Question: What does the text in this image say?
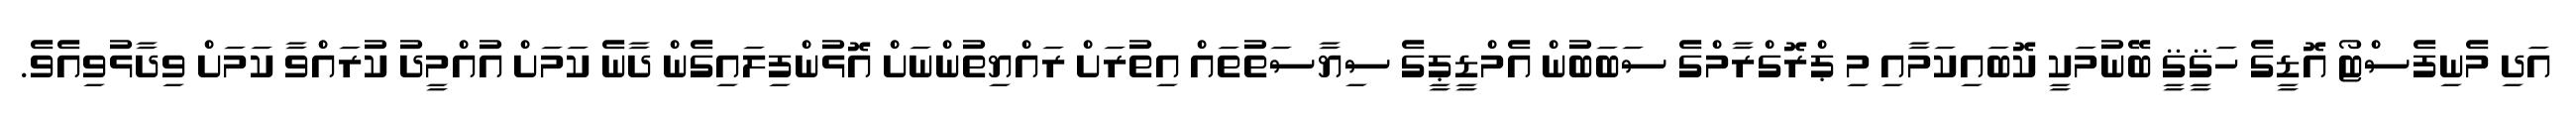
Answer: އަދި މެނިފެސްޓޯ އޮޑީގެ ހަޤީޤީ ބޭނުމަކީ ކޮބައިކަމާއި މި ޕްރޮގްރާމްގެ ސަބަބުން އެމްޑީޕީގެ ސިޔާސަތުތައް އިތުރަށް ރައްޔިތުންނަށް އޮޅުންފިލައިގެން ދާނެ ކަމަށް އުއްމީދު ކުރައްވާ ކަމަށް ވިދާޅުވިއެވެ.